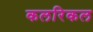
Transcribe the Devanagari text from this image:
कलरिकल